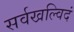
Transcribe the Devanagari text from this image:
सर्वखल्विदं